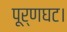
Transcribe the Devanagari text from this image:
पूर्णघट।